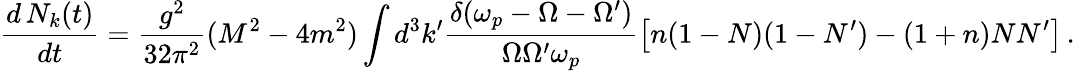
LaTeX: \frac{d\, N_{k}(t)}{dt}=\frac{g^{2}}{32\pi^{2}}(M^{2}-4m^{2})\int d^{3}k^{\prime}\frac{\delta(\omega_{p}-\Omega-\Omega^{\prime})}{\Omega\Omega^{\prime}\omega_{p}}\left[n(1-N)(1-N^{\prime})-(1+n)NN^{\prime}\right]\, .